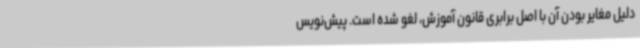
دلیل مغایر بودن آن با اصل برابری قانون آموزش، لغو شده است. پیش‌نویس